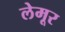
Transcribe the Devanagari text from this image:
लेमूर